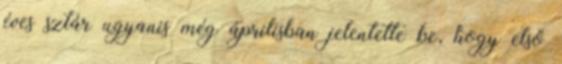
éves sztár ugyanis még áprilisban jelentette be, hogy első